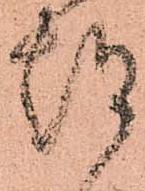
都